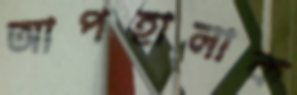
আপহালাক